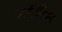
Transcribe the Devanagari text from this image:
टर्पमैन